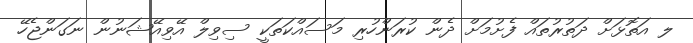
ލ އަތޮޅަށް ދަތުރުތައް ފެށުމަށް ދެން ކުރަންހުރި މަސައްކަތަކީ ސިވިލް އޭވިއޭޝަނުން ނަގަންޖެހޭ